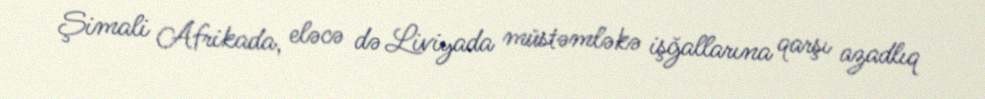
Şimali Afrikada, eləcə də Liviyada müstəmləkə işğallarına qarşı azadlıq